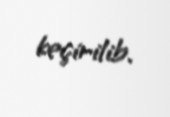
keçirilib.